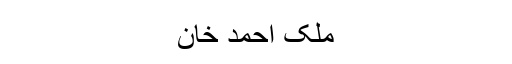
ملک احمد خان